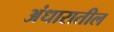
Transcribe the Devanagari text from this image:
अंधारातील